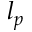
l _ { p }